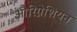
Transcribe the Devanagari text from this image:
औरिग्नेशियन